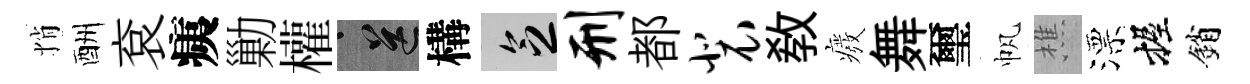
悄酬袞痍勦權送構乏刑都裴敎癈舞璽帆樵漂握銷